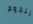
للنجوم